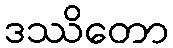
ဒဿိတော